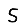
Digit: 5